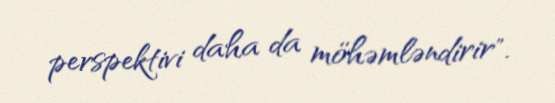
perspektivi daha da möhəmləndirir".